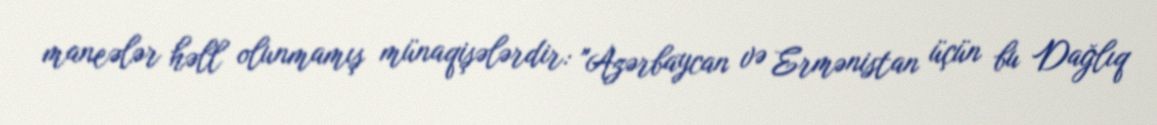
maneələr həll olunmamış münaqişələrdir: "Azərbaycan və Ermənistan üçün bu Dağlıq